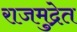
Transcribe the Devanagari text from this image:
राजमुद्रेत